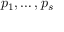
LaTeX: p _ { 1 } , \ldots , p _ { s }